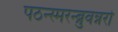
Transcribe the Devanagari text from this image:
पठन्स्मरन्ब्रुवन्नरो